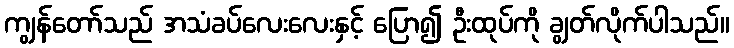
ကျွန်တော်သည် အသံခပ်လေးလေးနှင့် ပြော၍ ဦးထုပ်ကို ချွတ်လိုက်ပါသည်။